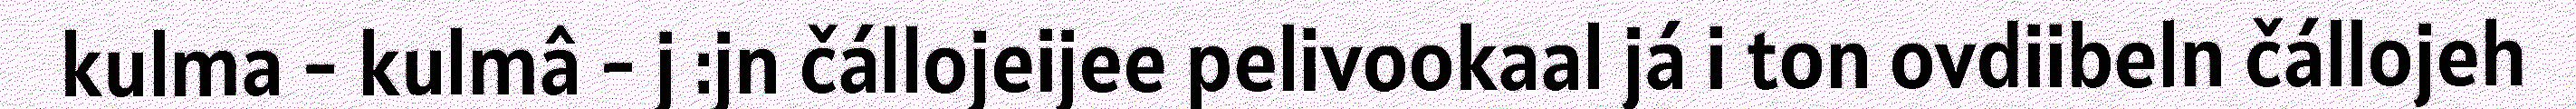
kulma - kulmâ - j :jn čállojeijee pelivookaal já i ton ovdiibeln čállojeh